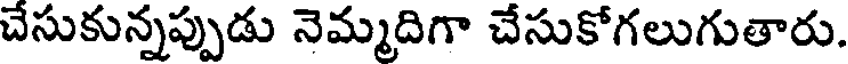
చేసుకున్నప్పుడు నెమ్మదిగా చేసుకోగలుగుతారు.